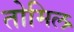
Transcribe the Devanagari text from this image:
तोमिल